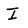
Character: I